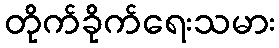
တိုက်ခိုက်ရေးသမား